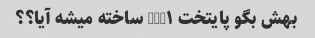
بهش بگو پایتخت NUM۱ ساخته میشه آیا؟؟